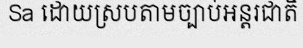
Sa ដោយស្របតាមច្បាប់អន្តរជាតិ